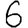
Digit: 6